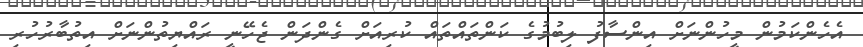
އެހެންކަމުން މީހުންނަށް އިންސާފު ލިބުމުގެ ކަންތައްތައް ކުރިއަށް ގެންދަން ޖެހޭނީ ރައްޔިތުންނަށް އިތުބާރުހުރި